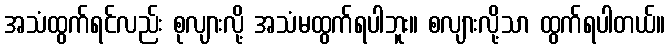
အသံထွက်ရင်လည်း စုလျားလို့ အသံမထွက်ရပါဘူး။ စလျားလို့သာ ထွက်ရပါတယ်။